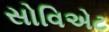
સોવિએટ